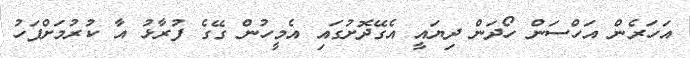
އަހަރެން އަހްސަން ހޯދަން ދިޔައީ އެގޭދޮށުގައި އެމީހުން ގޭގެ ފުރާޅު އާ ކުރުމަށްފަހު